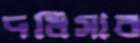
দধিসার